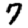
Digit: 7